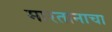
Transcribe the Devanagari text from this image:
मारतानाचा